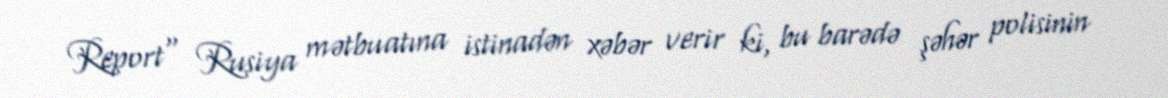
Report" Rusiya mətbuatına istinadən xəbər verir ki, bu barədə şəhər polisinin